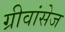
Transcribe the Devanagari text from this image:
ग्रीवांसेज